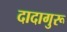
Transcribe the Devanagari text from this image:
दादागुरू